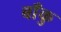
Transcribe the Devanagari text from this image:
बाँकु